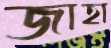
জাহা